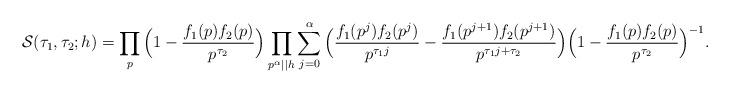
LaTeX: \begin{align*} \mathcal{S}(\tau_1,\tau_2;h) = \prod_{p} \Big ( 1 - \frac{f_1(p) f_2(p)}{p^{\tau_2}} \Big ) \prod_{p^{\alpha} \mid \mid h} \sum_{j=0}^{\alpha} \Big( \frac{f_1(p^{j}) f_2(p^{j})}{p^{\tau_1 j}} - \frac{f_1(p^{j+1}) f_2(p^{j+1})}{ p^{\tau_1 j + \tau_2}}\Big) \Big ( 1 - \frac{f_1(p) f_2(p)}{p^{\tau_2}} \Big )^{-1}. \end{align*}